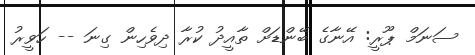
ސަނަމް ޕޫރީ: އޭނާގެ ބޭންޑަށް ތާއީދު ކުރާ ދިވެހިން ގިނަ -- ހަވީރު